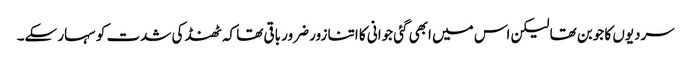
سردیوں کا جوبن تھا لیکن اس میں ابھی گئی جوانی کا اتنا زور ضرور باقی تھا کہ ٹھنڈ کی شدت کو سہار سکے۔